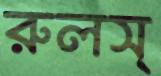
রুলস্